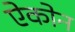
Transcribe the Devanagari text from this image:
ऐकोन